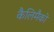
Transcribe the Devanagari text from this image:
कैलिमैको